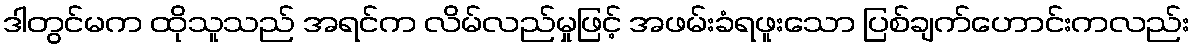
ဒါတွင်မက ထိုသူသည် အရင်က လိမ်လည်မှုဖြင့် အဖမ်းခံရဖူးသော ပြစ်ချက်ဟောင်းကလည်း